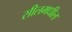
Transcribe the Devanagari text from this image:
सीलमधील